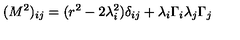
( M ^ { 2 } ) _ { i j } = ( r ^ { 2 } - 2 \lambda _ { i } ^ { 2 } ) \delta _ { i j } + \lambda _ { i } \Gamma _ { i } \lambda _ { j } \Gamma _ { j }